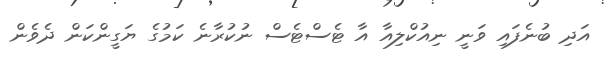
އަދި ބުނެފައިި ވަނީ ނިއުކްލިއާ އާ ޓެސްޓެސް ނުކުރާނެ ކަމުގެ ޔަގީންކަން ދެވެން